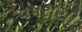
વપરાયી